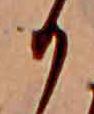
か